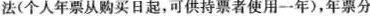
法(个人年票从购买日起，可供持票者使用一年)，年票分